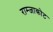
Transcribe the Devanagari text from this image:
राम्जाकोट